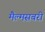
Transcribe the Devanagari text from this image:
मैल्मसबरी